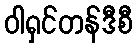
ဝါရှင်တန်ဒီစီ